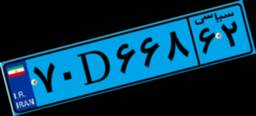
۲۰D۴۳۳۲۳